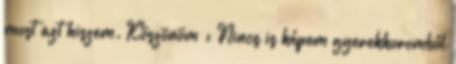
most azt hiszem. Köszönöm : Nincs is képem gyerekkoromból